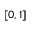
\left[ 0 , 1 \right]